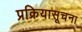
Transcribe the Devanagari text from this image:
प्रक्रियासूचना